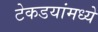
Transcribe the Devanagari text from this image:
टेकडयांमध्ये